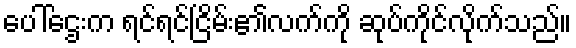
ပေါ်ဌေးက ရင်ရင်ငြိမ်း၏လက်ကို ဆုပ်ကိုင်လိုက်သည်။